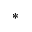
^ *